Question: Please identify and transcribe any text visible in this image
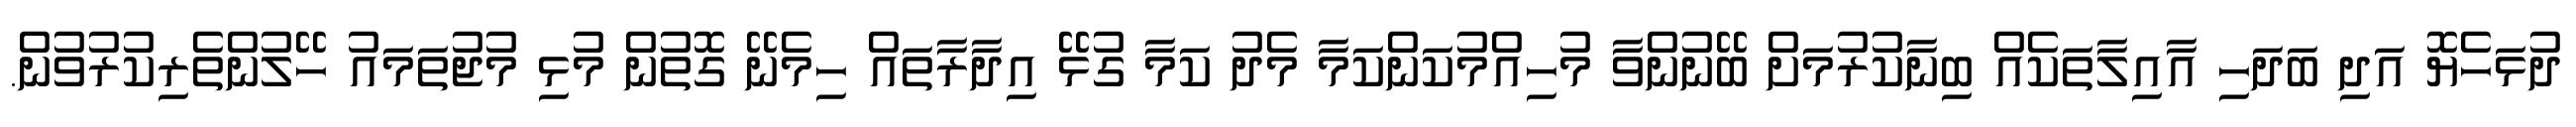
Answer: ދުޅަހެޔޮ އަދި ބަދަހި އާއިލާތަކެއް ބިނާކުރުމަށް ބޭނުންވާ މުހިއްމުކަންކަމާ މެދު ކަމާ ގުޅޭ އިދާރާތައް ހިމެނޭ ގޮތުން މުޅި މުޖުތަމައު ހޭލުންތެރިކުރުވުން.